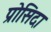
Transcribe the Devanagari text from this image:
प्रोसिदा